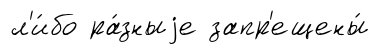
л'и́бо ра́зныjе запр'ещены́